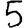
Digit: 5